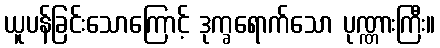
ယူပန်ခြင်းသောကြောင့် ဒုက္ခရောက်သော ပုဏ္ဏားကြီး။